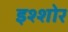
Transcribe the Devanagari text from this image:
इश्शोर